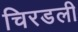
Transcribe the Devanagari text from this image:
चिरडली